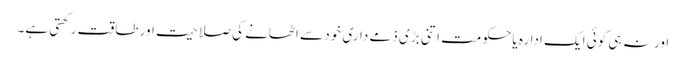
اور نہ ہی کوئی ایک ادارہ یا حکومت اتنی بڑی ذمے داری خود سے اٹھانے کی صلاحیت اور طاقت رکھتی ہے۔